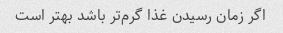
اگر زمان رسیدن غذا گرم‌تر باشد بهتر است